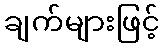
ချက်များဖြင့်